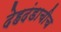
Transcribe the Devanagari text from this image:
देहदंडाचीच